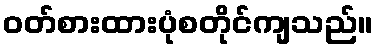
ဝတ်စားထားပုံစတိုင်ကျသည်။